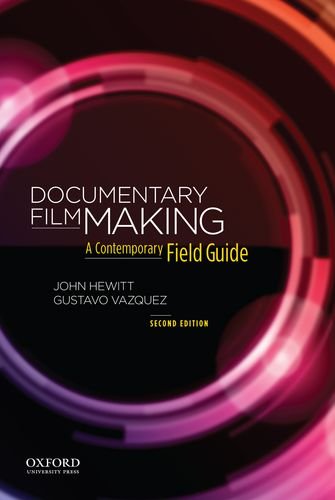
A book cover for Documentary Filmmaking: A Contemporary Field Guide; John Hewitt; Humor & Entertainment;